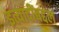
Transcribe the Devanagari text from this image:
इत्यादींबद्दल